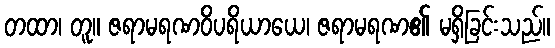
တထာ၊ တူ။ ဇရာမရဏဝိပရိယာယေ၊ ဇရာမရဏ၏ မရှိခြင်းသည်။